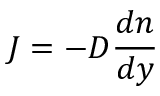
\quad J = - D { \frac { d n } { d y } }